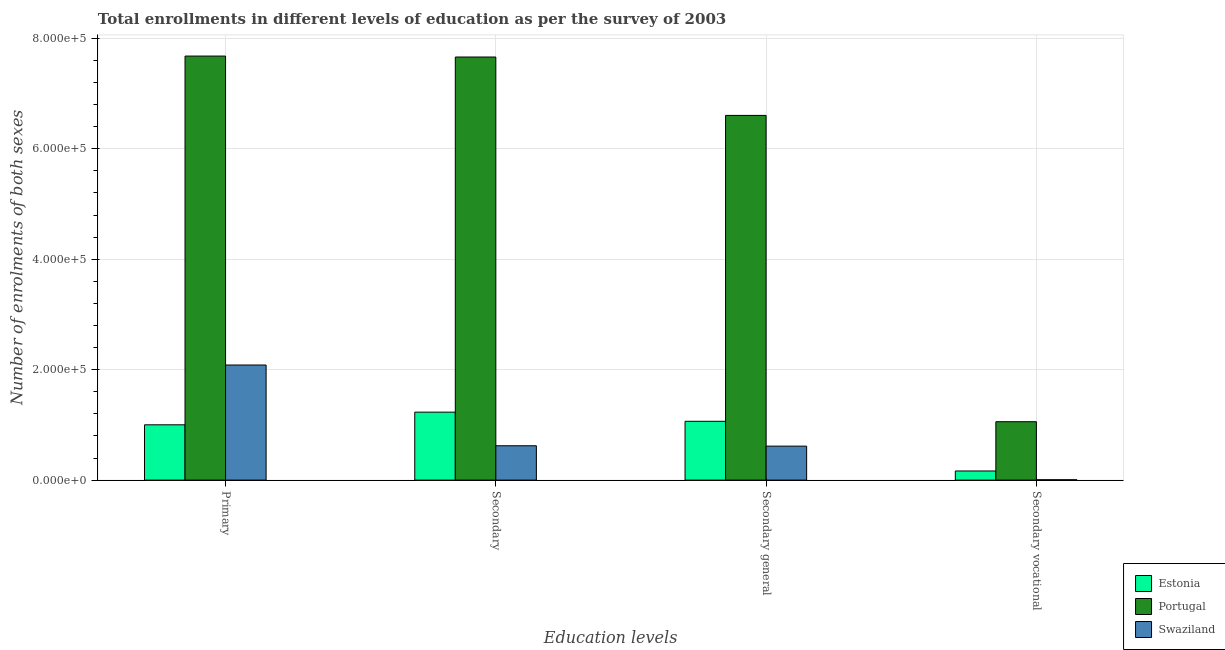
| Education levels | Estonia | Portugal | Swaziland |
 | --- | --- | --- | --- |
 | Primary | 1e+05 | 7.68e+05 | 2.08e+05 |
 | Secondary | 1.23e+05 | 7.66e+05 | 6.22e+04 |
 | Secondary general | 1.07e+05 | 6.6e+05 | 6.15e+04 |
 | Secondary vocational | 1.65e+04 | 1.06e+05 | 686 |